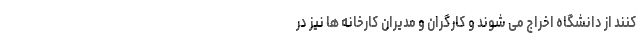
کنند از دانشگاه اخراج می شوند و کارگران و مدیران کارخانه ها نیز در